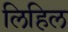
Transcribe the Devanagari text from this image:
लिहिल